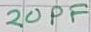
Text: 20PF